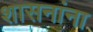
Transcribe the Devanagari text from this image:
शासनांना